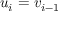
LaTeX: u _ { i } = v _ { i - 1 }